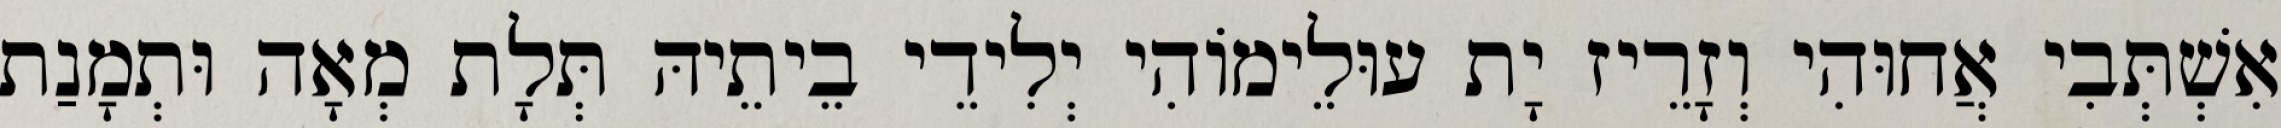
אִשְׁתְּבִי אֲחוּהִי וְזָרֵיז יָת עוּלֵימוֹהִי יְלִידֵי בֵיתֵיהּ תְּלָת מְאָה וּתְמָנַת